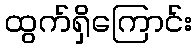
ထွက်ရှိကြောင်း